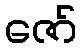
ဇော်